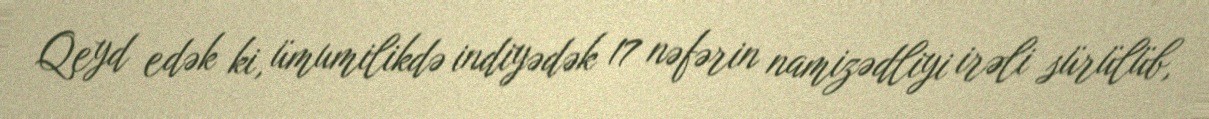
Qeyd edək ki, ümumilikdə indiyədək 17 nəfərin namizədliyi irəli sürülüb,